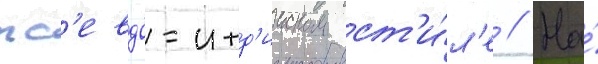
пс'евдо-инд'ииском ст'и́л'е // На́